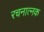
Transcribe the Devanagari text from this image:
रचनात्नक